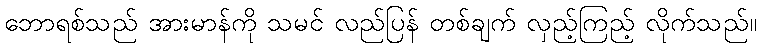
ဘောရစ်သည် အားမာန်ကို သမင် လည်ပြန် တစ်ချက် လှည့်ကြည့် လိုက်သည်။